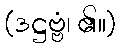
(ဒဋ္ဌဗ္ဗံ၊ ၏။)